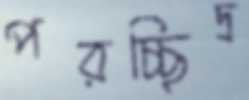
পরচ্ছিদ্র